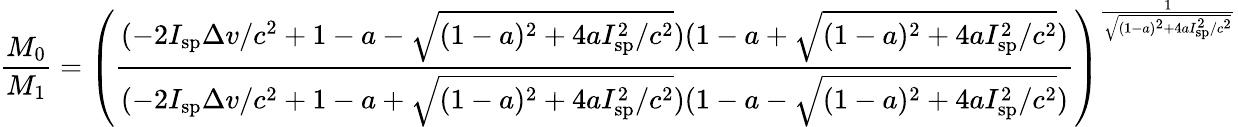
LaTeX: {\frac{M_{0}}{M_{1}}}=\left({\frac{(-2I_{\mathrm{sp}}\Delta v/c^{2}+1-a-{\sqrt{(1-a)^{2}+4aI_{\mathrm{sp}}^{2}/c^{2}}})(1-a+{\sqrt{(1-a)^{2}+4aI_{\mathrm{sp}}^{2}/c^{2}}})}{(-2I_{\mathrm{sp}}\Delta v/c^{2}+1-a+{\sqrt{(1-a)^{2}+4aI_{\mathrm{sp}}^{2}/c^{2}}})(1-a-{\sqrt{(1-a)^{2}+4aI_{\mathrm{sp}}^{2}/c^{2}}})}}\right)^{\frac{1}{\sqrt{(1-a)^{2}+4aI_{\mathrm{sp}}^{2}/c^{2}}}}